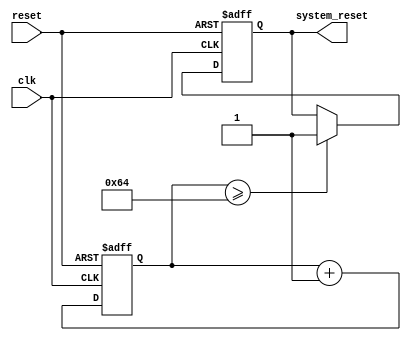
module watchdog_timer (
    input wire clk,
    input wire reset,
    output reg system_reset
);

parameter THRESHOLD = 100; // define threshold value for counter

reg [7:0] counter; // 8-bit counter

always @(posedge clk or posedge reset) begin
    if (reset) begin
        counter <= 0; // reset counter
        system_reset <= 0; // clear system reset signal
    end else begin
        counter <= counter + 1; // increment counter on each clock cycle
        if (counter >= THRESHOLD) begin
            system_reset <= 1; // trigger system reset if counter exceeds threshold
        end
    end
end

endmodule